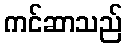
ကင်ဆာသည်